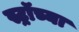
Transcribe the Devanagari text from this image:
स्ट्रॉच्या